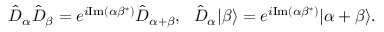
\begin{array} { r } { \hat { D } _ { \alpha } \hat { D } _ { \beta } = e ^ { i \mathrm { I m } ( \alpha \beta ^ { * } ) } \hat { D } _ { \alpha + \beta } , \ \ \hat { D } _ { \alpha } | \beta \rangle = e ^ { i \mathrm { I m } ( \alpha \beta ^ { * } ) } | \alpha + \beta \rangle . } \end{array}